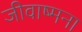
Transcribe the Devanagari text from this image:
जीवाष्मना